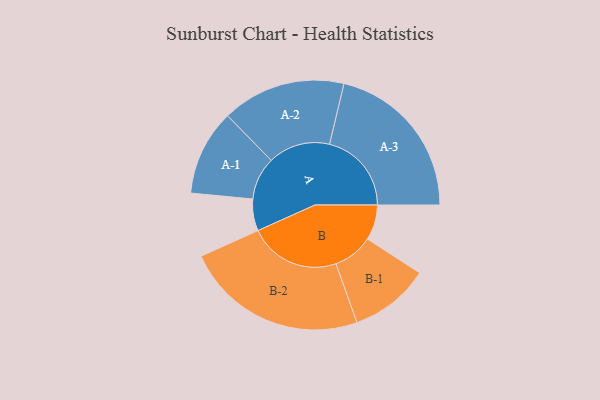
{"axis": {"x": "Segment", "y": "Value"}, "legend": ["", "A", "B"], "data": [{"x": "A", "y": 100, "type": ""}, {"x": "B", "y": 111, "type": ""}, {"x": "A-1", "y": 135, "type": "A"}, {"x": "A-2", "y": 195, "type": "A"}, {"x": "A-3", "y": 258, "type": "A"}, {"x": "B-1", "y": 126, "type": "B"}, {"x": "B-2", "y": 288, "type": "B"}]}